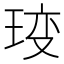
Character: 𤥥